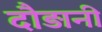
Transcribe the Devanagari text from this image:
दौड़ानी